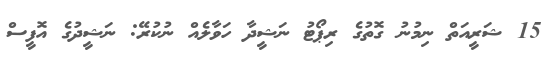
15 ޝަރީއަތް ނިމުނު ގޮތުގެ ރިޕޯޓު ނަޝީދާ ހަވާލެއް ނުކުރޭ: ނަޝީދުގެ އޮފީސް